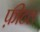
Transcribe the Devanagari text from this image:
फ़ीटल